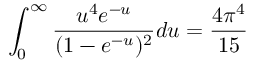
\int _ { 0 } ^ { \infty } \frac { u ^ { 4 } e ^ { - u } } { ( 1 - e ^ { - u } ) ^ { 2 } } d u = \frac { 4 \pi ^ { 4 } } { 1 5 }